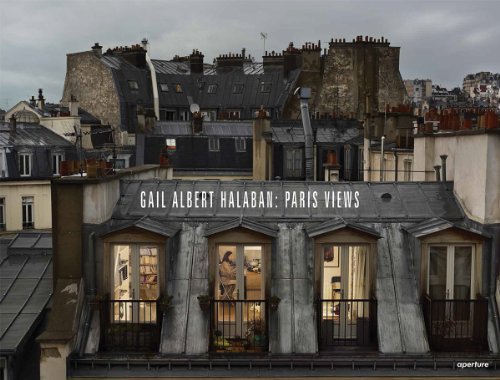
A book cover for Gail Albert Halaban: Paris Views; Cathy RÃ©my; Arts & Photography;